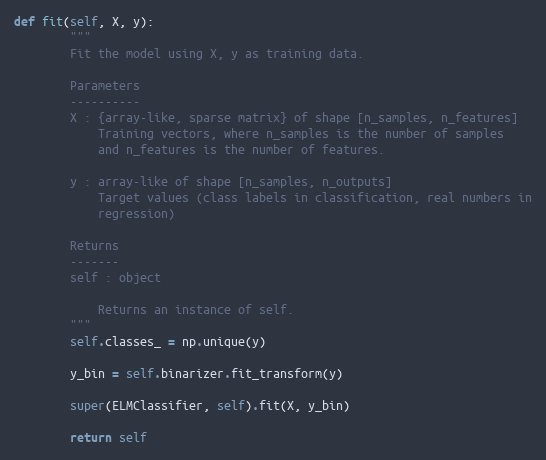
Language: Python
def fit(self, X, y):
        """
        Fit the model using X, y as training data.

        Parameters
        ----------
        X : {array-like, sparse matrix} of shape [n_samples, n_features]
            Training vectors, where n_samples is the number of samples
            and n_features is the number of features.

        y : array-like of shape [n_samples, n_outputs]
            Target values (class labels in classification, real numbers in
            regression)

        Returns
        -------
        self : object

            Returns an instance of self.
        """
        self.classes_ = np.unique(y)

        y_bin = self.binarizer.fit_transform(y)

        super(ELMClassifier, self).fit(X, y_bin)

        return self